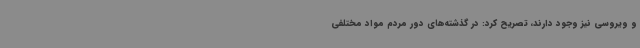
و ویروسی نیز وجود دارند، تصریح کرد: در گذشته‌های دور مردم مواد مختلفی